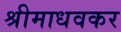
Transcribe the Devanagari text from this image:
श्रीमाधवकर